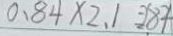
0 . 8 4 \times 2 . 1 = 2 . 8 4